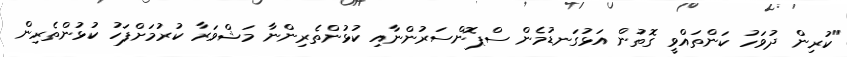
"ކުރިން ދުވަހު ކަންތައްވީ ގޮތުން އަޅުގަނޑުމެން ސްޕޮންސަރުންނާއި ކުޅުންތެރިންނާ މަޝްވަރާ ކުރުމަށްފަހު ކުޅުންތެރިން